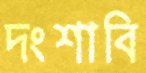
দংশাবি